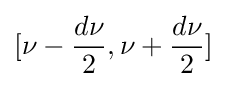
[\nu -{d\nu  \over 2},\nu +{d\nu  \over 2}]